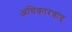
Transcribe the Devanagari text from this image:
अधिकारवाद